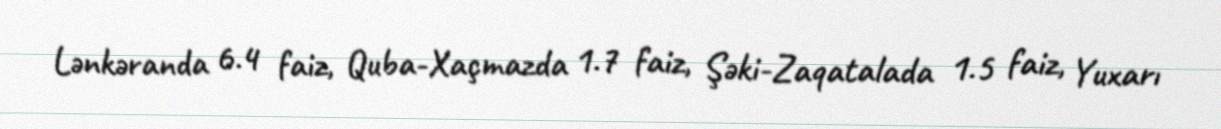
Lənkəranda 6.4 faiz, Quba-Xaçmazda 1.7 faiz, Şəki-Zaqatalada 1.5 faiz, Yuxarı